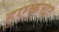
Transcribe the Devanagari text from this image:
हुएकुचा